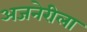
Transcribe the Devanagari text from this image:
अजनेरीला